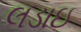
લડાઇ